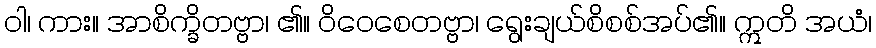
ဝါ၊ ကား။ အာစိက္ခိတဗ္ဗာ၊ ၏။ ဝိဝေစေတဗ္ဗာ၊ ရွေးချယ်စိစစ်အပ်၏။ ဣတိ အယံ၊